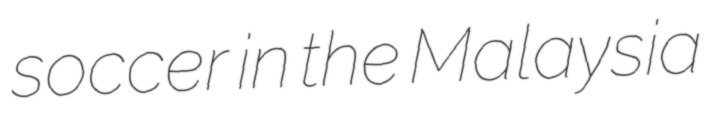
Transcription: soccer in the Malaysia